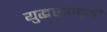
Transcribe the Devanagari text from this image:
युद्धसामुग्री